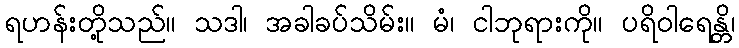
ရဟန်းတို့သည်။ သဒါ၊ အခါခပ်သိမ်း။ မံ၊ ငါဘုရားကို။ ပရိဝါရေန္တိ၊